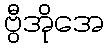
ဗွီအိုအေ